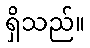
ရှိသည်။